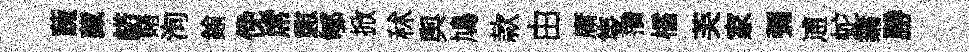
蔬藏諾赌洵鍮俛席憇郇掀秫舆鳩款由庸隻攢櫺芙家彌逋蛇鏞勝